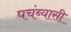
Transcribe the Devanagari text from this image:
पचंब्यासी